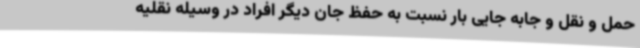
حمل و نقل و جابه جایی بار نسبت به حفظ جان دیگر افراد در وسیله نقلیه